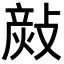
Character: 𢾬